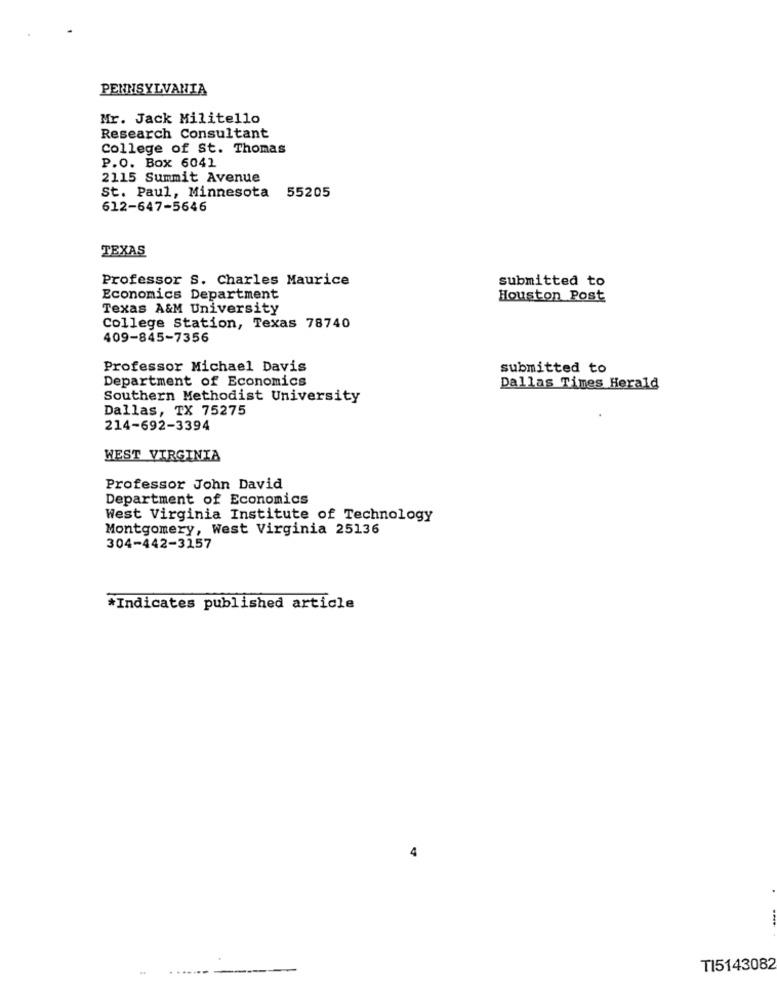
PENNSYLVANIA
Mr. Jack Militello
Research Consultant
College of St. Thomas
P.O. Box 6041
2115 Summit Avenue
St. Paul, Minnesota 55205
612-647-5646
TEXAS
Professor S. Charles Maurice
submitted to
Economics Department
Houston Post
Texas A&M University
College Station, Texas 78740
409-845-7356
Professor Michael Davis
submitted to
Department of Economics
Dallas Times Herald
Southern Methodist University
Dallas, TX 75275
214-692-3394
WEST VIRGINIA
Professor John David
Department of Economics
West Virginia Institute of Technology
Montgomery, West Virginia 25136
304-442-3157
*Indicates published article
4
...
-
TI5143082